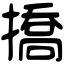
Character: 撟